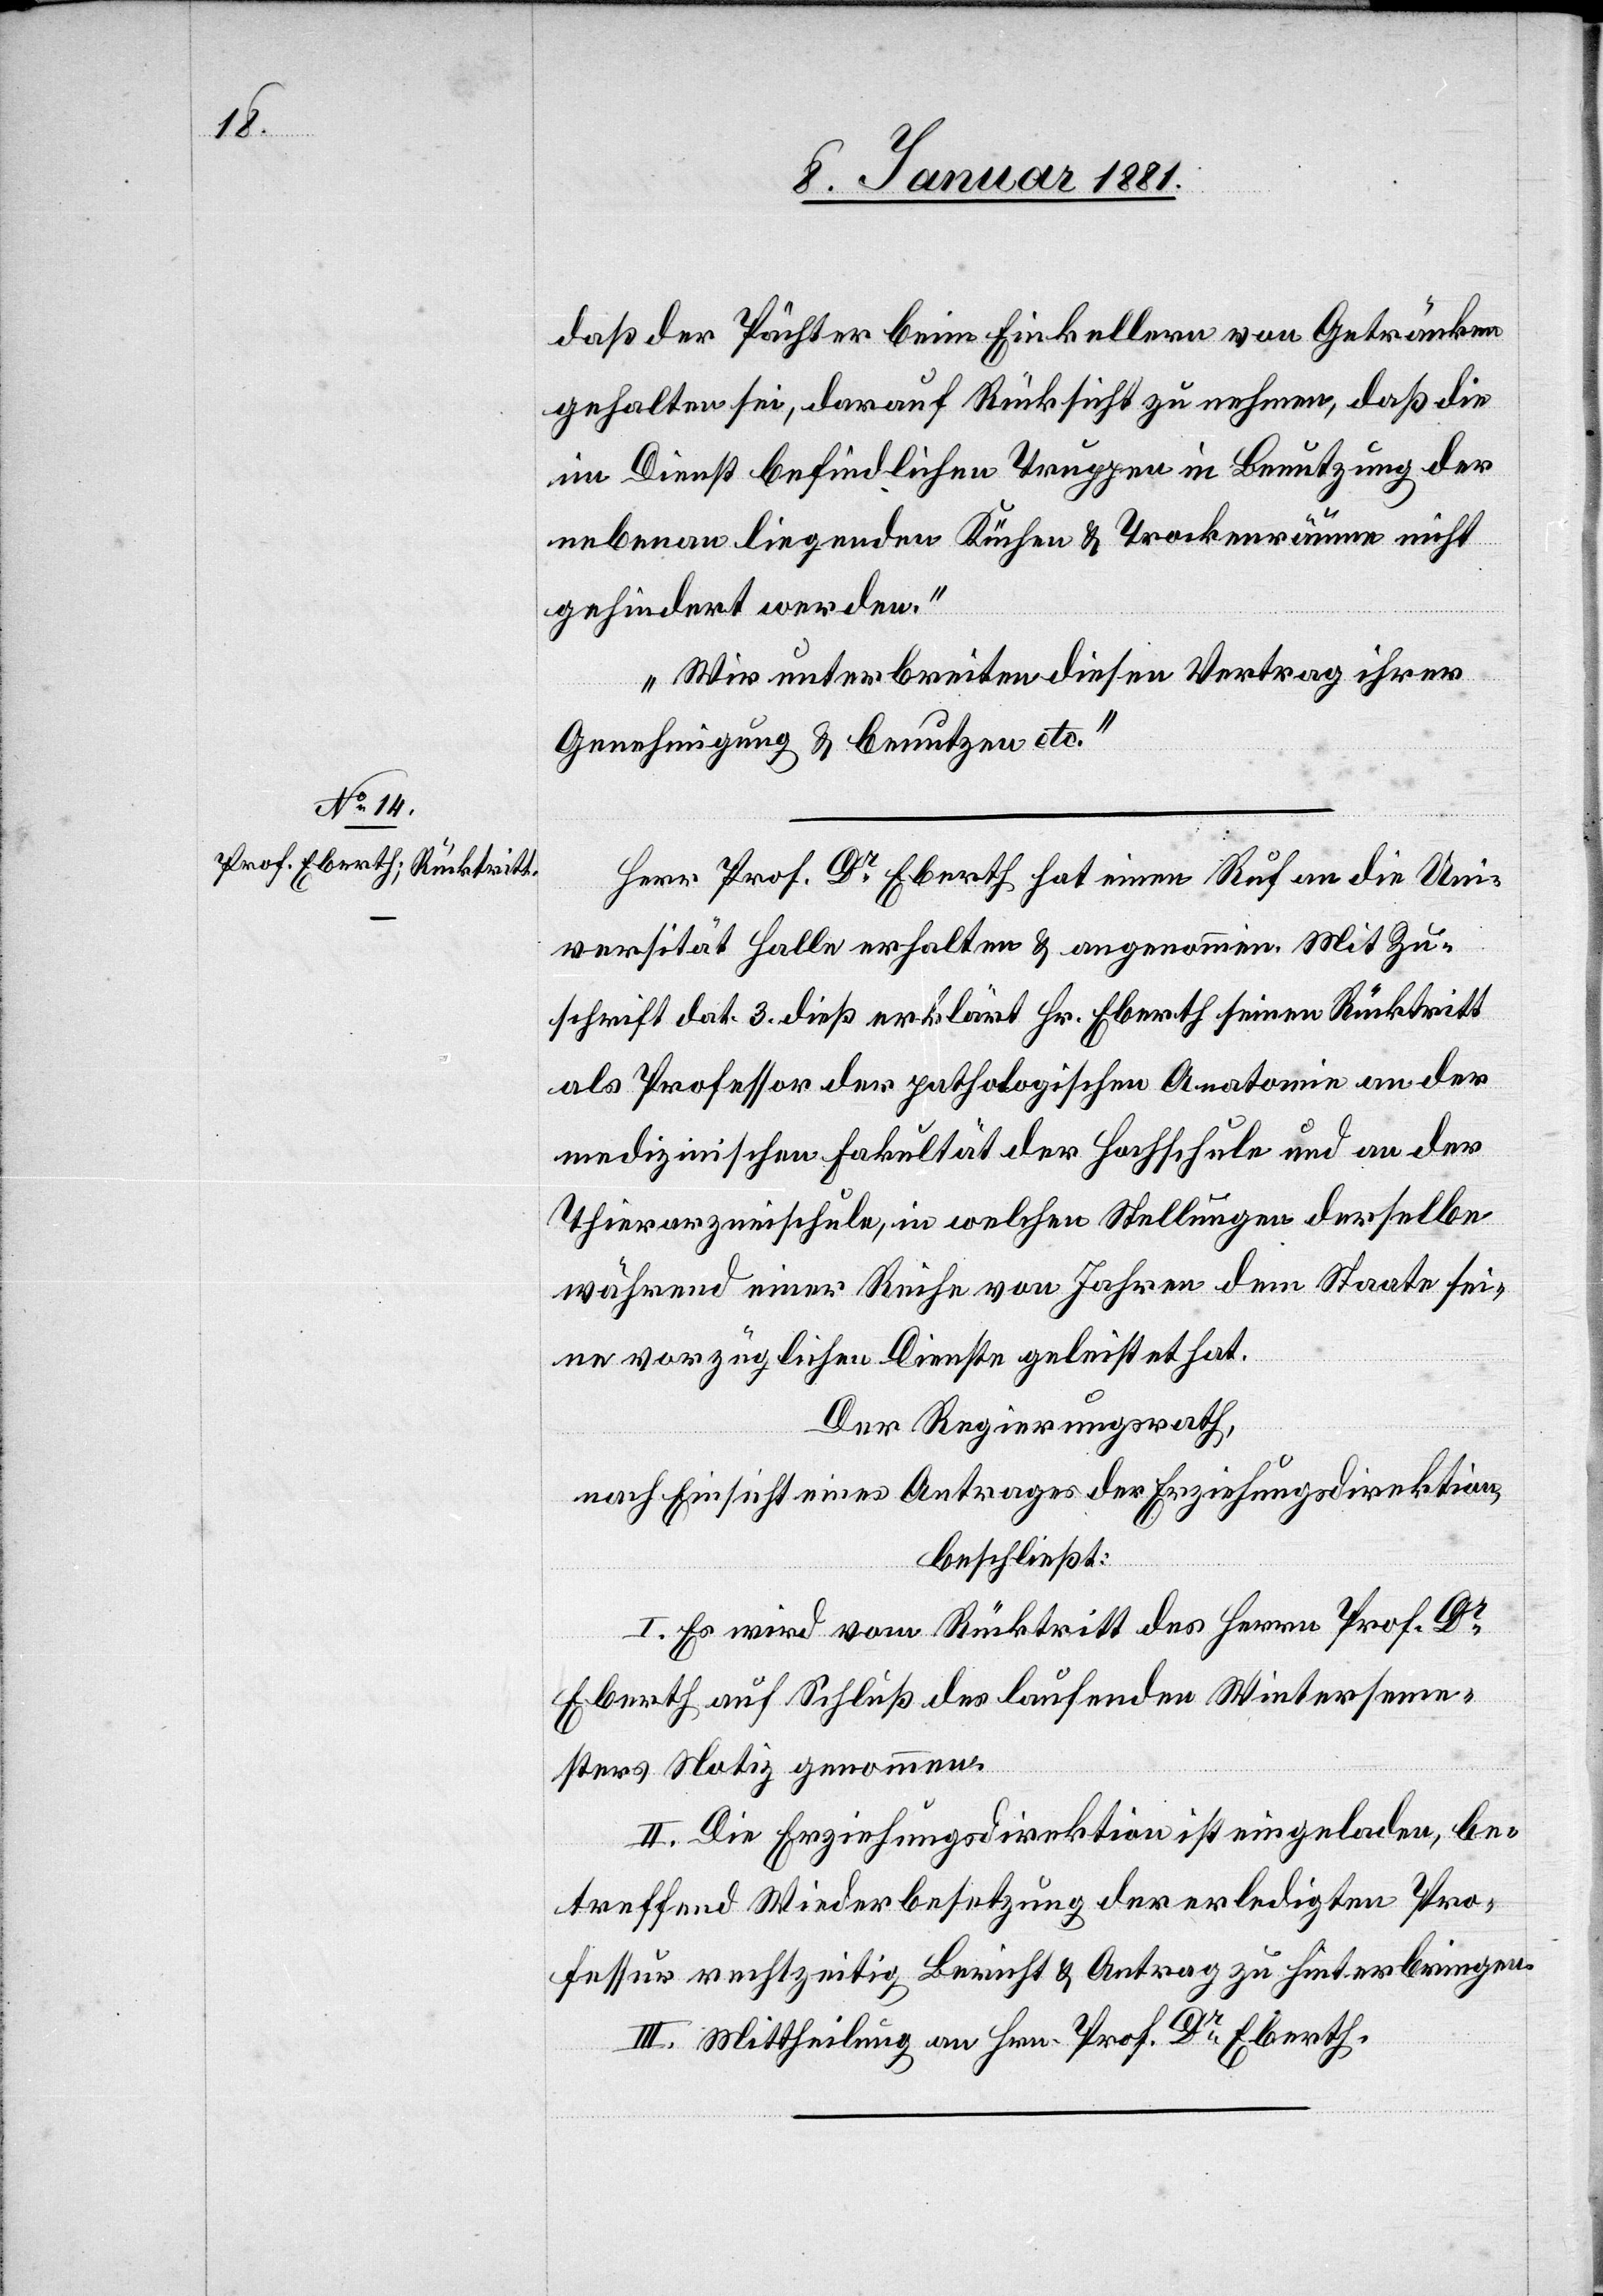
daß der Pächter beim Einkellern von Getränken
gehalten sei, darauf Rücksicht zu nehmen, daß die
im Dienst befindlichen Truppen in Benutzung der
nebenan liegenden Küchen & Trockenräume nicht
gehindert werden.“
„Wir unterbreiten diesen Vertrag ihrer
Genehmigung & benutzen etc.“
Herr Prof. Dr Eberth hat einen Ruf an die Uni¬
versität Halle erhalten & angenommen. Mit Zu¬
schrift dat. 3. dieß erklärt Hr. Eberth seinen Rücktritt
als Professor der pathologischen Anatomie an der
medizinischen Fakultät der Hochschule und an der
Thierarzneischule, in welchen Stellungen derselbe
während einer Reihe von Jahren dem Staate sei¬
ne vorzüglichen Dienste geleistet hat.
Der Regierungsrath,
nach Einsicht eines Antrages der Erziehungsdirektion,
beschließt:
I. Es wird vom Rücktritt des Herrn Prof. Dr
Eberth auf Schluß des laufenden Winterseme¬
sters Notiz genommen.
II. Die Erziehungsdirektion ist eingeladen, be¬
treffend Wiederbesetzung der erledigten Pro¬
fessur rechtzeitig Bericht & Antrag zu hinterbringen.
III. Mittheilung an Hrn. Prof. Dr Eberth.